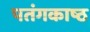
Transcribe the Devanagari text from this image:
पतंगकाष्ठ